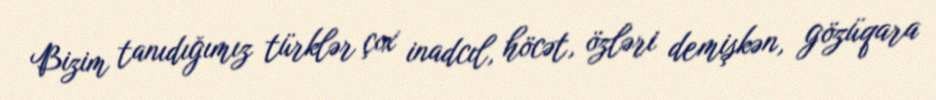
Bizim tanıdığımız türklər çox inadcıl, höcət, özləri demişkən, gözüqara